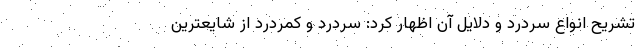
تشریح انواع سردرد و دلایل آن اظهار کرد: سردرد و کمردرد از شایعترین